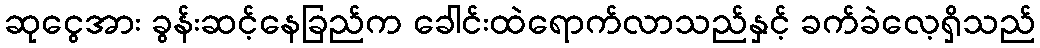
ဆုငွေအား ခွန်းဆင့်နေခြည်က ခေါင်းထဲရောက်လာသည်နှင့် ခက်ခဲလေ့ရှိသည်